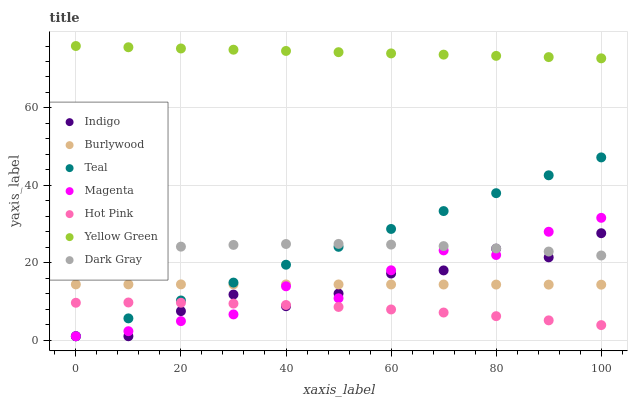
| xaxis_label | Indigo | Burlywood | Teal | Magenta | Hot Pink | Yellow Green | Dark Gray |
 | --- | --- | --- | --- | --- | --- | --- | --- |
 | 0 | 1 | 14.4 | 1 | 1 | 9.65 | 76 | 22.6 |
 | 10 | 1 | 14.4 | 5.62 | 2.31 | 9.73 | 75.7 | 23.5 |
 | 20 | 7.49 | 14.4 | 10.2 | 4.91 | 9.65 | 75.4 | 24.2 |
 | 30 | 11.8 | 14.4 | 14.9 | 6.64 | 9.44 | 75 | 24.6 |
 | 40 | 8.76 | 14.4 | 19.5 | 13.9 | 9.08 | 74.7 | 24.8 |
 | 50 | 12 | 14.4 | 24.1 | 10.8 | 8.57 | 74.4 | 24.9 |
 | 60 | 17.2 | 14.4 | 28.7 | 18 | 7.92 | 74.1 | 24.7 |
 | 70 | 18 | 14.4 | 33.3 | 23.2 | 7.13 | 73.8 | 24.3 |
 | 80 | 23.6 | 14.4 | 38 | 22 | 6.19 | 73.5 | 23.7 |
 | 90 | 21.4 | 14.3 | 42.6 | 28 | 5.11 | 73.1 | 22.9 |
 | 100 | 27.6 | 14.3 | 47.2 | 31.6 | 3.88 | 72.8 | 21.9 |